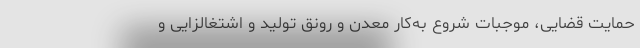
حمایت قضایی، موجبات شروع به‌کار معدن و رونق تولید و اشتغالزایی و